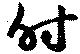
時